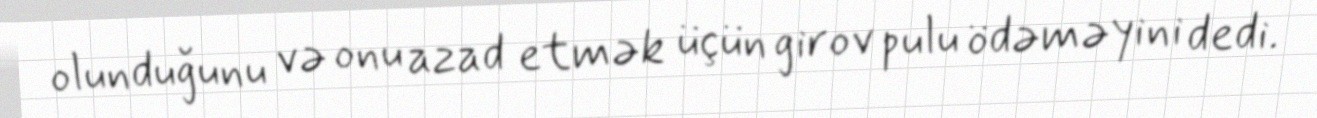
olunduğunu və onu azad etmək üçün girov pulu ödəməyini dedi.